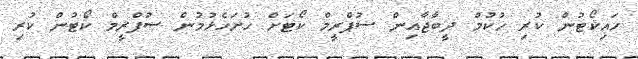
ހައިކޯޓުން ކުރި ހުކުމް ދީބާޖާއިން ސުޕްރީމް ކޯޓަށް ހުށަހެޅުމުން ސުޕްރީމް ކޯޓުން ކުރި